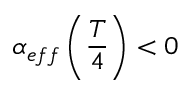
\alpha _ { e f f } \left( \frac { T } { 4 } \right) < 0